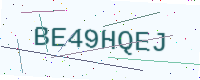
Text: BE49HQEJ